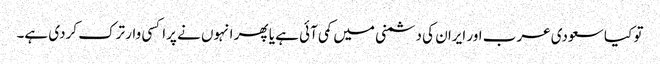
تو کیا سعودی عرب اور ایران کی دشمنی میں کمی آئی ہے یا پھر انہوں نے پراکسی وار ترک کردی ہے۔